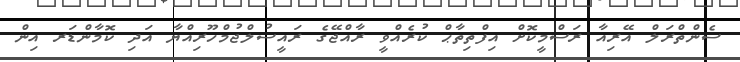
ސެންތްރަލް އޭރިއާ ރަސްމީކޮށް އިފްތިތާޙް ކުރެއްވީ ރާއްޖޭގެ ރައީސުލްޖުމްހޫރިއްޔާ އަދި ކޮމާންޑަރ އިން